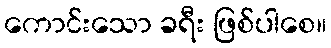
ကောင်းသော ခရီး ဖြစ်ပါစေ။